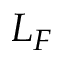
L _ { F }